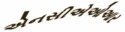
એનસીએઓઆર